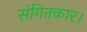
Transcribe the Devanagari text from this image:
संगितकार।